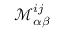
\mathcal { M } _ { \alpha \beta } ^ { i j }